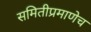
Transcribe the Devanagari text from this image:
समितीप्रमाणेच